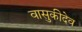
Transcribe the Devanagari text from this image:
वासुकीदेव